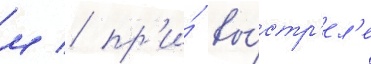
м / пр'и́ вы́стр'ел'е